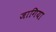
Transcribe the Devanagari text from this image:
जागिया